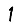
Digit: 1